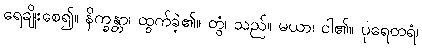
ရေချိုးစေ၍။ နိက္ခန္တာ၊ ထွက်ခဲ့၏။ တွံ၊ သည်။ မယာ၊ ငါ၏။ ပုရေတရံ၊